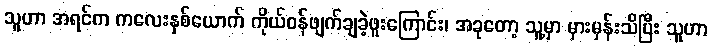
သူဟာ အရင်က ကလေးနှစ်ယောက် ကိုယ်ဝန်ဖျက်ချခဲ့ဖူးကြောင်း၊ အခုတော့ သူ့မှာ မှားမှန်းသိပြီး သူဟာ